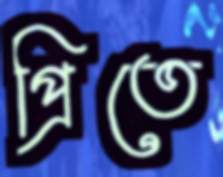
প্রিতে